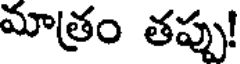
మాత్రం తప్పు!